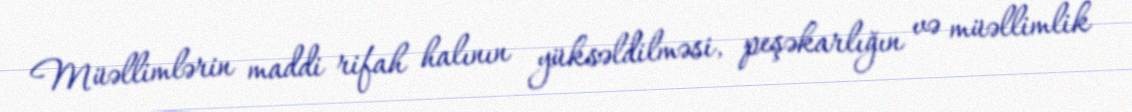
Müəllimlərin maddi rifah halının yüksəldilməsi, peşəkarlığın və müəllimlik